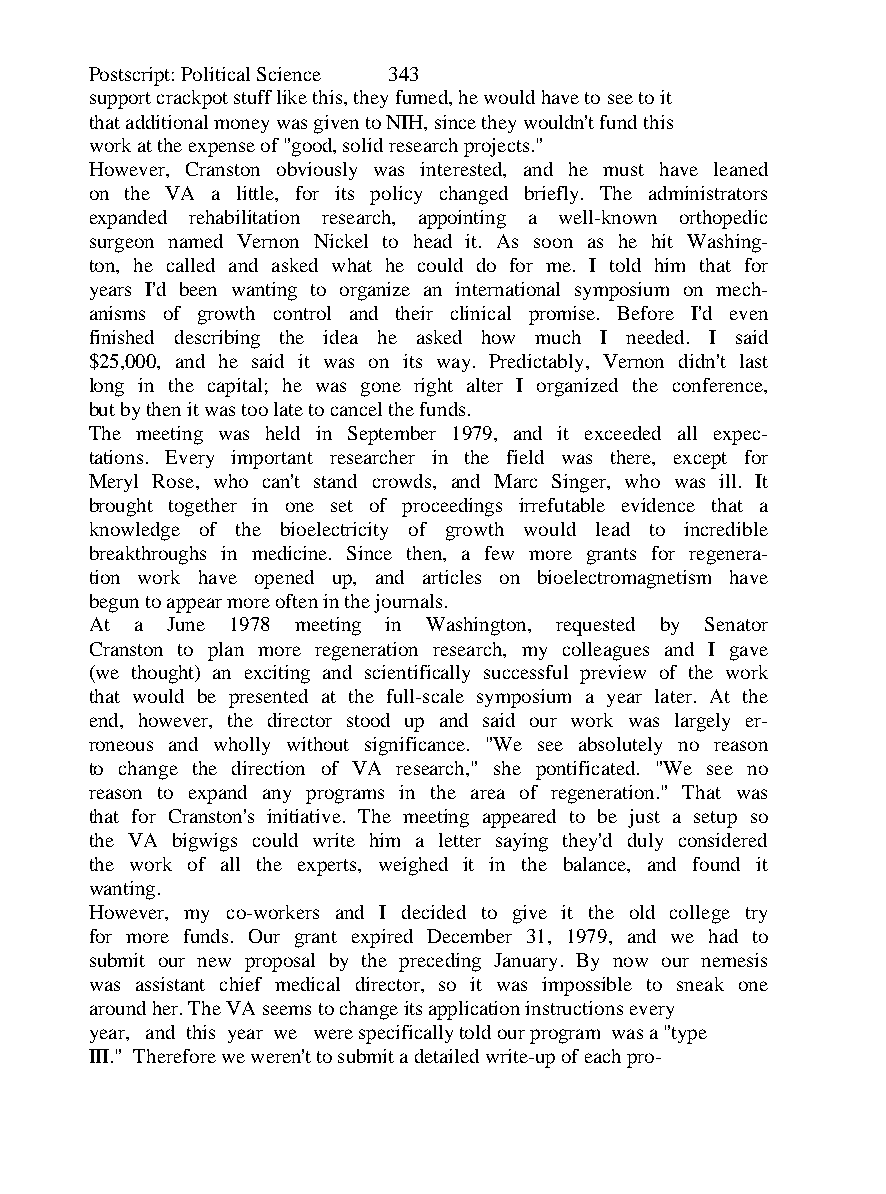
Postscript: Political Science 343
 support crackpot stuff like this, they fumed, he would have to see to it
 that additional money was given to NIH, since they wouldn't fund this
 work at the expense of "good, solid research projects."
 However, Cranston obviously was interested, and he must have leaned
 on the VA a little, for its policy changed briefly. The administrators
 expanded rehabilitation research, appointing a well-known orthopedic
 surgeon named Vernon Nickel to head it. As soon as he hit Washing-
 ton, he called and asked what he could do for me. I told him that for
 years I'd been wanting to organize an international symposium on mech-
 anisms of growth control and their clinical promise. Before I'd even
 finished describing the idea he asked how much I needed. I said
 $25,000, and he said it was on its way. Predictably, Vernon didn't last
 long in the capital; he was gone right alter I organized the conference,
 but by then it was too late to cancel the funds.
 The meeting was held in September 1979, and it exceeded all expec-
 tations. Every important researcher in the field was there, except for
 Meryl Rose, who can't stand crowds, and Marc Singer, who was ill. It
 brought together in one set of proceedings irrefutable evidence that a
 knowledge of the bioelectricity of growth would lead to incredible
 breakthroughs in medicine. Since then, a few more grants for regenera-
 tion work have opened up, and articles on bioelectromagnetism have
 begun to appear more often in the journals.
 At a June 1978 meeting in Washington, requested by Senator
 Cranston to plan more regeneration research, my colleagues and I gave
 (we thought) an exciting and scientifically successful preview of the work
 that would be presented at the full-scale symposium a year later. At the
 end, however, the director stood up and said our work was largely er-
 roneous and wholly without significance. "We see absolutely no reason
 to change the direction of VA research," she pontificated. "We see no
 reason to expand any programs in the area of regeneration." That was
 that for Cranston's initiative. The meeting appeared to be just a setup so
 the VA bigwigs could write him a letter saying they'd duly considered
 the work of all the experts, weighed it in the balance, and found it
 wanting.
 However, my co-workers and I decided to give it the old college try
 for more funds. Our grant expired December 31, 1979, and we had to
 submit our new proposal by the preceding January. By now our nemesis
 was assistant chief medical director, so it was impossible to sneak one
 around her. The VA seems to change its application instructions every
 year, and this year we were specifically told our program was a "type
 III." Therefore we weren't to submit a detailed write-up of each pro-